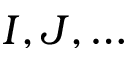
I , J , \ldots